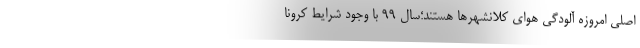
اصلی امروزه آلودگی هوای کلانشهرها هستند؛سال ۹۹ با وجود شرایط کرونا